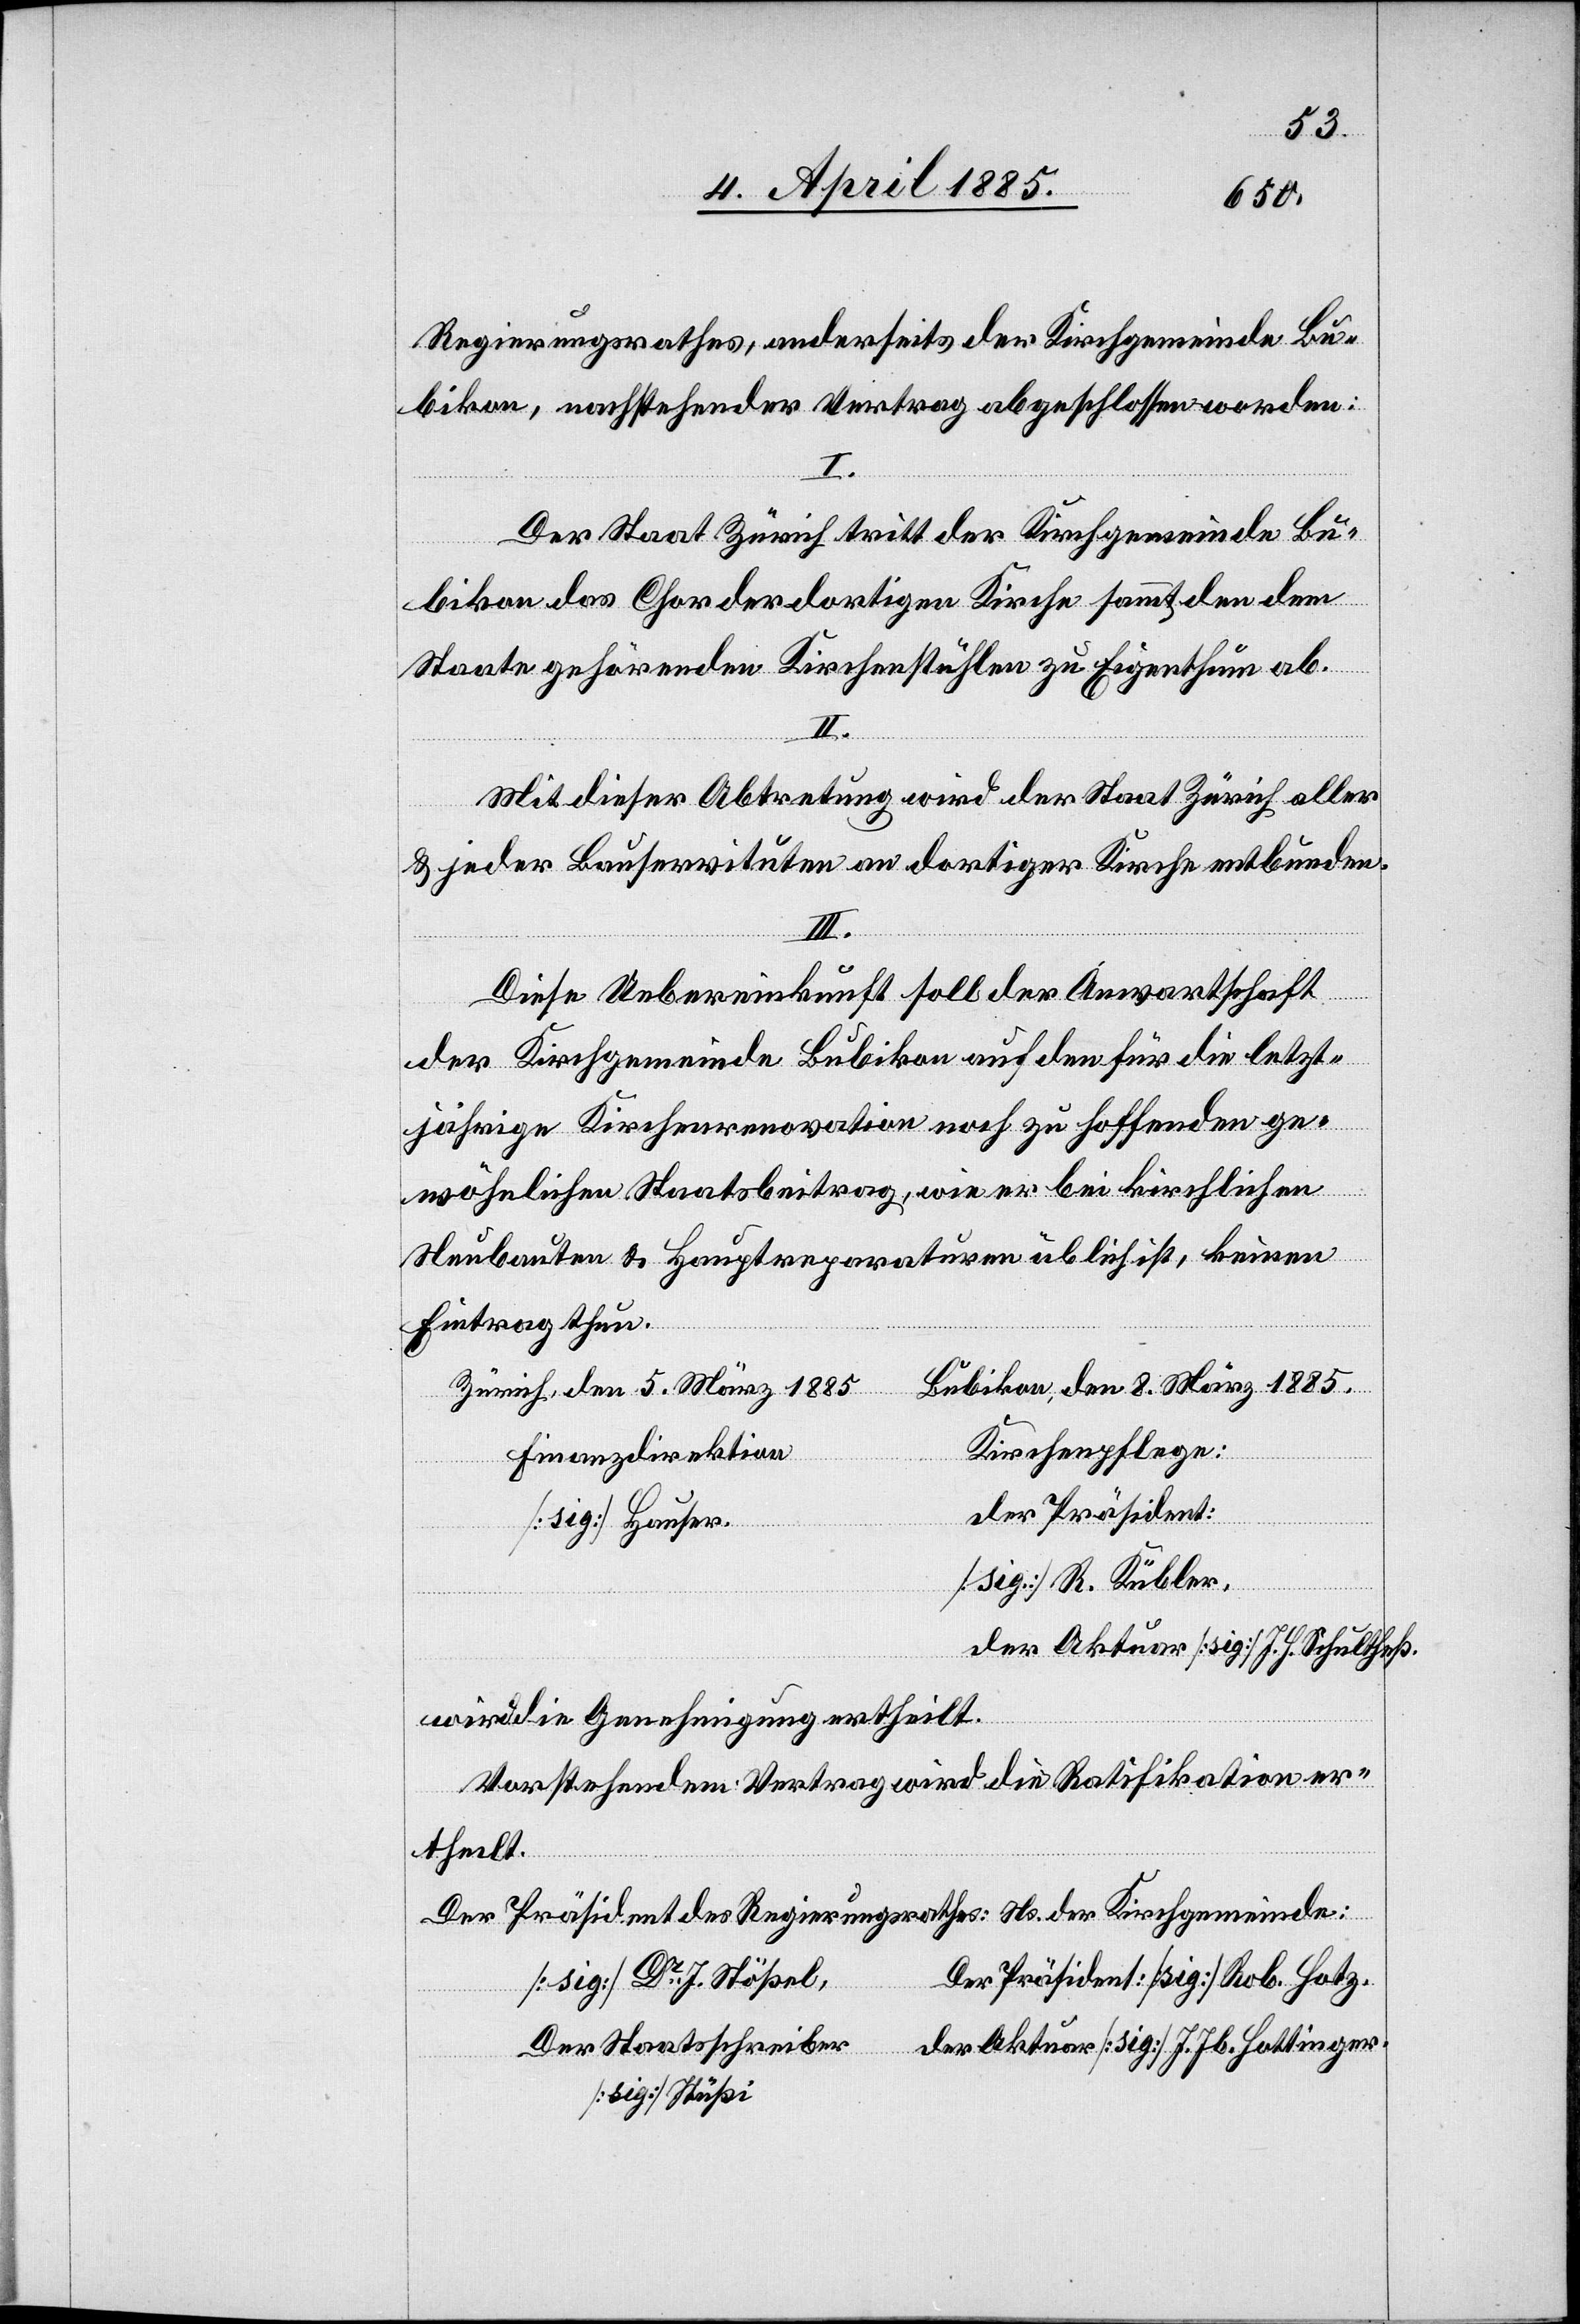
Regierungsrathes, anderseits der Kirchgemeinde Bu¬
bikon, nachstehender Vertrag abgeschlossen worden:
I.
Der Staat Zürich tritt der Kirchgemeinde Bu¬
bikon das Chor der dortigen Kirche sammt den dem
Staate gehörenden Kirchenstühlen zu Eigenthum ab.
II.
Mit dieser Abtretung wird der Staat Zürich aller
& jeder Bauservituten an dortiger Kirche entbunden.
III.
Diese Uebereinkunft soll der Anwaltschaft
der Kirchgemeinde Bubikon auf den für die letzt¬
jährige Kirchenrenovation noch zu hoffenden ge¬
wöhnlichen Staatsbeitrag, wie er bei kirchlichen
Neubauten & Hauptrepertoiren üblich ist, keinen
Eintrag thun.
Bubikon, den 8. März 1885.
Zürich, den 5. März 1885
Kirchenpflege:
Finanzdirektion
der Präsident:
[sig] Hauser.
[sig] R. Kübler,
der Aktuar [sig] J. H. Schultheß.
wird die Genehmigung ertheilt.
Vorstehendem Vertrag wird die Ratifikation er¬
Der
theilt.
Der Präsident des Regierungsrathes: Ns. der Kirchgemeinde:
[sig] Dr J. Stößel,
[sig] Stüßi